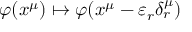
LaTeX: \varphi ( x ^ { \mu } ) \mapsto \varphi ( x ^ { \mu } - \varepsilon _ { r } \delta _ { r } ^ { \mu } )